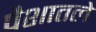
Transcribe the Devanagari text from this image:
पैशातले